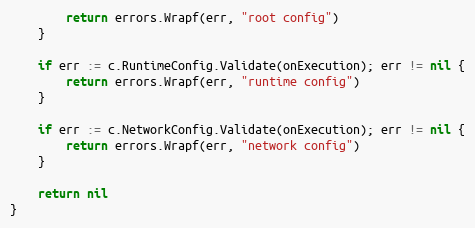
Language: Go
		return errors.Wrapf(err, "root config")
	}

	if err := c.RuntimeConfig.Validate(onExecution); err != nil {
		return errors.Wrapf(err, "runtime config")
	}

	if err := c.NetworkConfig.Validate(onExecution); err != nil {
		return errors.Wrapf(err, "network config")
	}

	return nil
}